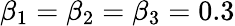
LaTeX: \beta_{1}=\beta_{2}=\beta_{3}=0.3